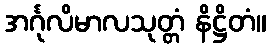
အင်္ဂုလိမာလသုတ္တံ နိဋ္ဌိတံ။